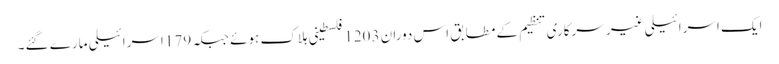
ایک اسرائیلی غیر سرکاری تنظیم کے مطابق اس دوران 1203 فلسطینی ہلاک ہوئے جبکہ 179 اسرائیلی مارے گئے۔